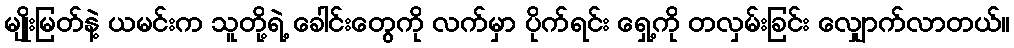
မျိုးမြတ်နဲ့ ယမင်းက သူတို့ရဲ့ ခေါင်းတွေကို လက်မှာ ပိုက်ရင်း ရှေ့ကို တလှမ်းခြင်း လျှောက်လာတယ်။